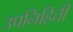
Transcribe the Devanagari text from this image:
उपनिहिती